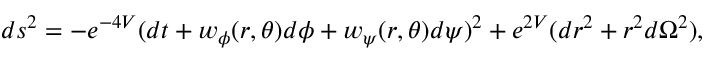
d s ^ { 2 } = - e ^ { - 4 V } ( d t + w _ { \phi } ( r , \theta ) d \phi + w _ { \psi } ( r , \theta ) d \psi ) ^ { 2 } + e ^ { 2 V } ( d r ^ { 2 } + r ^ { 2 } d \Omega ^ { 2 } ) ,